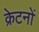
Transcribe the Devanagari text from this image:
क्रेटनों